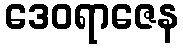
ဒေဝရာဇေန